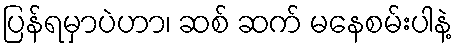
ပြန်ရမှာပဲဟာ၊ ဆစ် ဆက် မနေစမ်းပါနဲ့